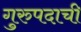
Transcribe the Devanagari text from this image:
गुरुपदाची